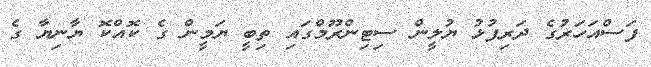
ފަސްއަހަރުގެ ދަރިފުޅު ޔުލީން ސިޓިންރޫމްގައި ތިބީ ޔަމީން ގެ ކޮއްކޮ ޔާނިޔާ ގެ